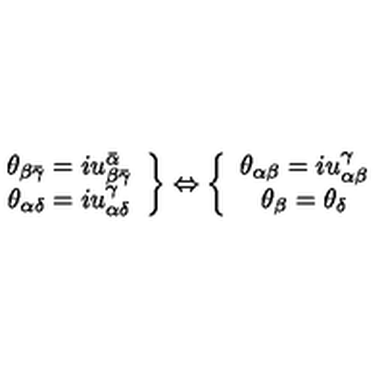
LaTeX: \left. \begin{array} { c } { \theta _ { \beta \bar { \gamma } } = i u _ { \beta \bar { \gamma } } ^ { \bar { \alpha } } } \\ { \theta _ { \alpha \delta } = i u _ { \alpha \delta } ^ { \gamma } } \\ \end{array} \right\} \Leftrightarrow \left\{ \begin{array} { c } { \theta _ { \alpha \beta } = i u _ { \alpha \beta } ^ { \gamma } } \\ { \theta _ { \beta } = \theta _ { \delta } } \\ \end{array} \right.